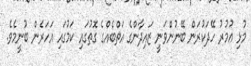
މުޅި ޢުމުރު ހޭދަކުރަން ބޭނުންވަނީ ޒައިދާންގެ އަތްބެއްގެ ގޮތުގައި ކަމުގައި އަހަރެން ބުނީމެވެ.